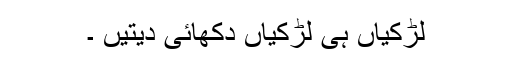
لڑکیاں ہی لڑکیاں دکھائی دیتیں ۔